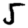
Digit: 5